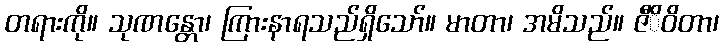
တရားကို။ သုဏန္တော၊ ကြားနာရသည်ရှိသော်။ မာတာ၊ အမိသည်။ ဇီိဝိတာ၊